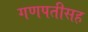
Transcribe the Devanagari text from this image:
गणपतीसह